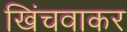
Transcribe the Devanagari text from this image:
खिंचवाकर